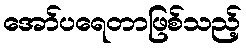
အော်ပရေတာဖြစ်သည့်